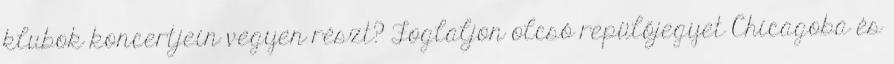
klubok koncertjein vegyen részt? Foglaljon olcsó repülőjegyet Chicagoba és